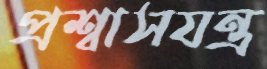
প্রশ্বাসযন্ত্র